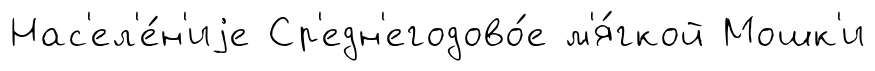
Нас'ел'е́н'иjе Ср'едн'егодово́е м'я́гкой Мошк'и